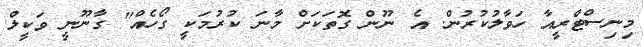
މިނިސްޓްރީއާ ހަވާލުކުރުން. އެ ނޫން ގޮތަކަށް މާނަ ކުރުމަކީ ގޯހެއް" ގާނޫނީ ވަކީލް